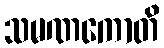
သမဏကောတိ